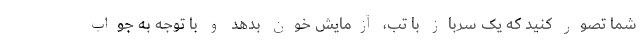
شما تصور کنید که یک سرباز با تب، آزمایش خون بدهد و با توجه به جواب